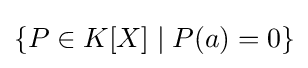
\{P\in K[X]\mid P(a)=0\}